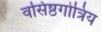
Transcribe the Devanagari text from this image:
वसिष्ठगोत्रिय